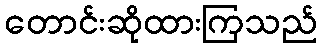
တောင်းဆိုထားကြသည်